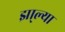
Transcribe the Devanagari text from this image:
झा्ल्या